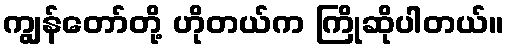
ကျွန်တော်တို့ ဟိုတယ်က ကြိုဆိုပါတယ်။